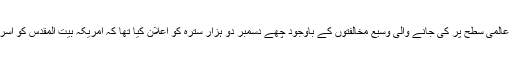
امریکی صدر ٹرمپ نے علاقائی و عالمی سطح پر کی جانے والی وسیع مخالفتوں کے باوجود چھے دسمبر دو ہزار سترہ کو اعلان کیا تھا کہ امریکہ بیت المقدس کو اسرائیل کا دارالحکومت تسلیم کرتا ہے۔